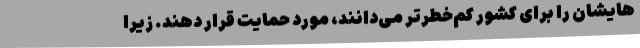
‌هایشان را برای کشور کم‌خطرتر می‌دانند، مورد حمایت قرار دهند. زیرا